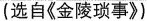
（选自《金陵琐事》）